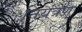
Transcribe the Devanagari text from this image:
नियंत्रण्‌